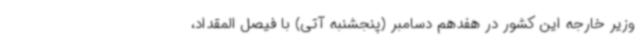
وزیر خارجه این کشور در هفدهم دسامبر (پنجشنبه آتی) با فیصل المقداد،